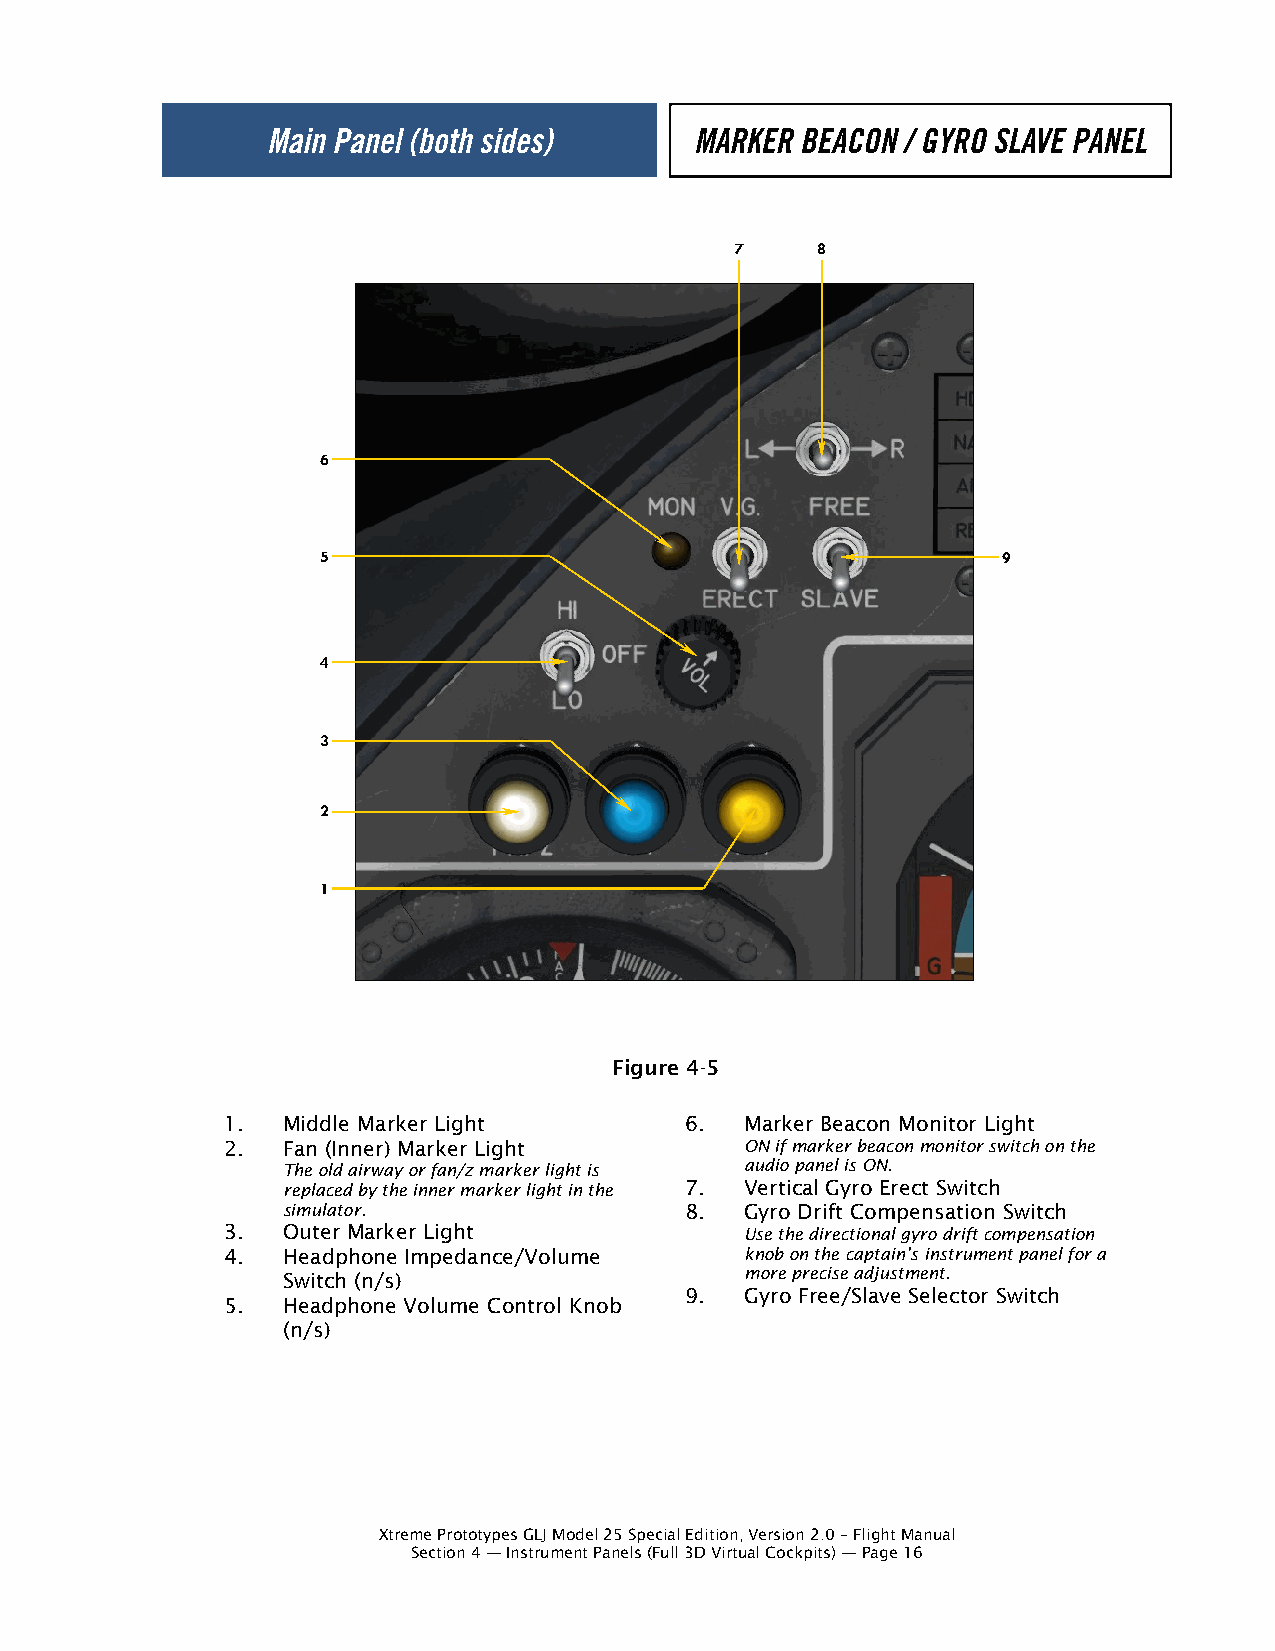
7    8
 6
 5                                            9
 4
 3
 2
 1
 Figure 4-5
 1.  Middle Marker Light       6.  Marker Beacon Monitor Light
 2.  Fan (Inner) Marker Light      ON if marker beacon monitor switch on the
 The old airway or fan/z marker light is audio panel is ON.
 replaced by the inner marker light in the 7. Vertical Gyro Erect Switch
 simulator.                8.  Gyro Drift Compensation Switch
 3.  Outer Marker Light            Use the directional gyro drift compensation
 4.  Headphone Impedance/Volume    knob on the captain’s instrument panel for a
 Switch (n/s)                  more precise adjustment.
 9.  Gyro Free/Slave Selector Switch
 5.  Headphone Volume Control Knob
 (n/s)
 Xtreme Prototypes GLJ Model 25 Special Edition, Version 2.0 – Flight Manual
 Section 4 — Instrument Panels (Full 3D Virtual Cockpits) — Page 16